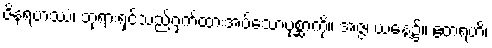
ဇိနရဟဿံ၊ ဘုရားရှင်သည်ဝှက်ထားအပ်သောပုစ္ဆာကို။ အဇ္ဇ၊ ယနေ့၌။ ဧတရဟိ၊